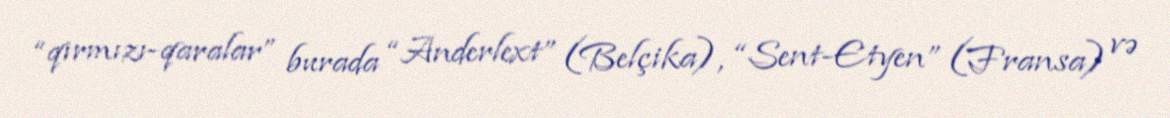
“qırmızı-qaralar” burada “Anderlext” (Belçika), “Sent-Etyen” (Fransa) və